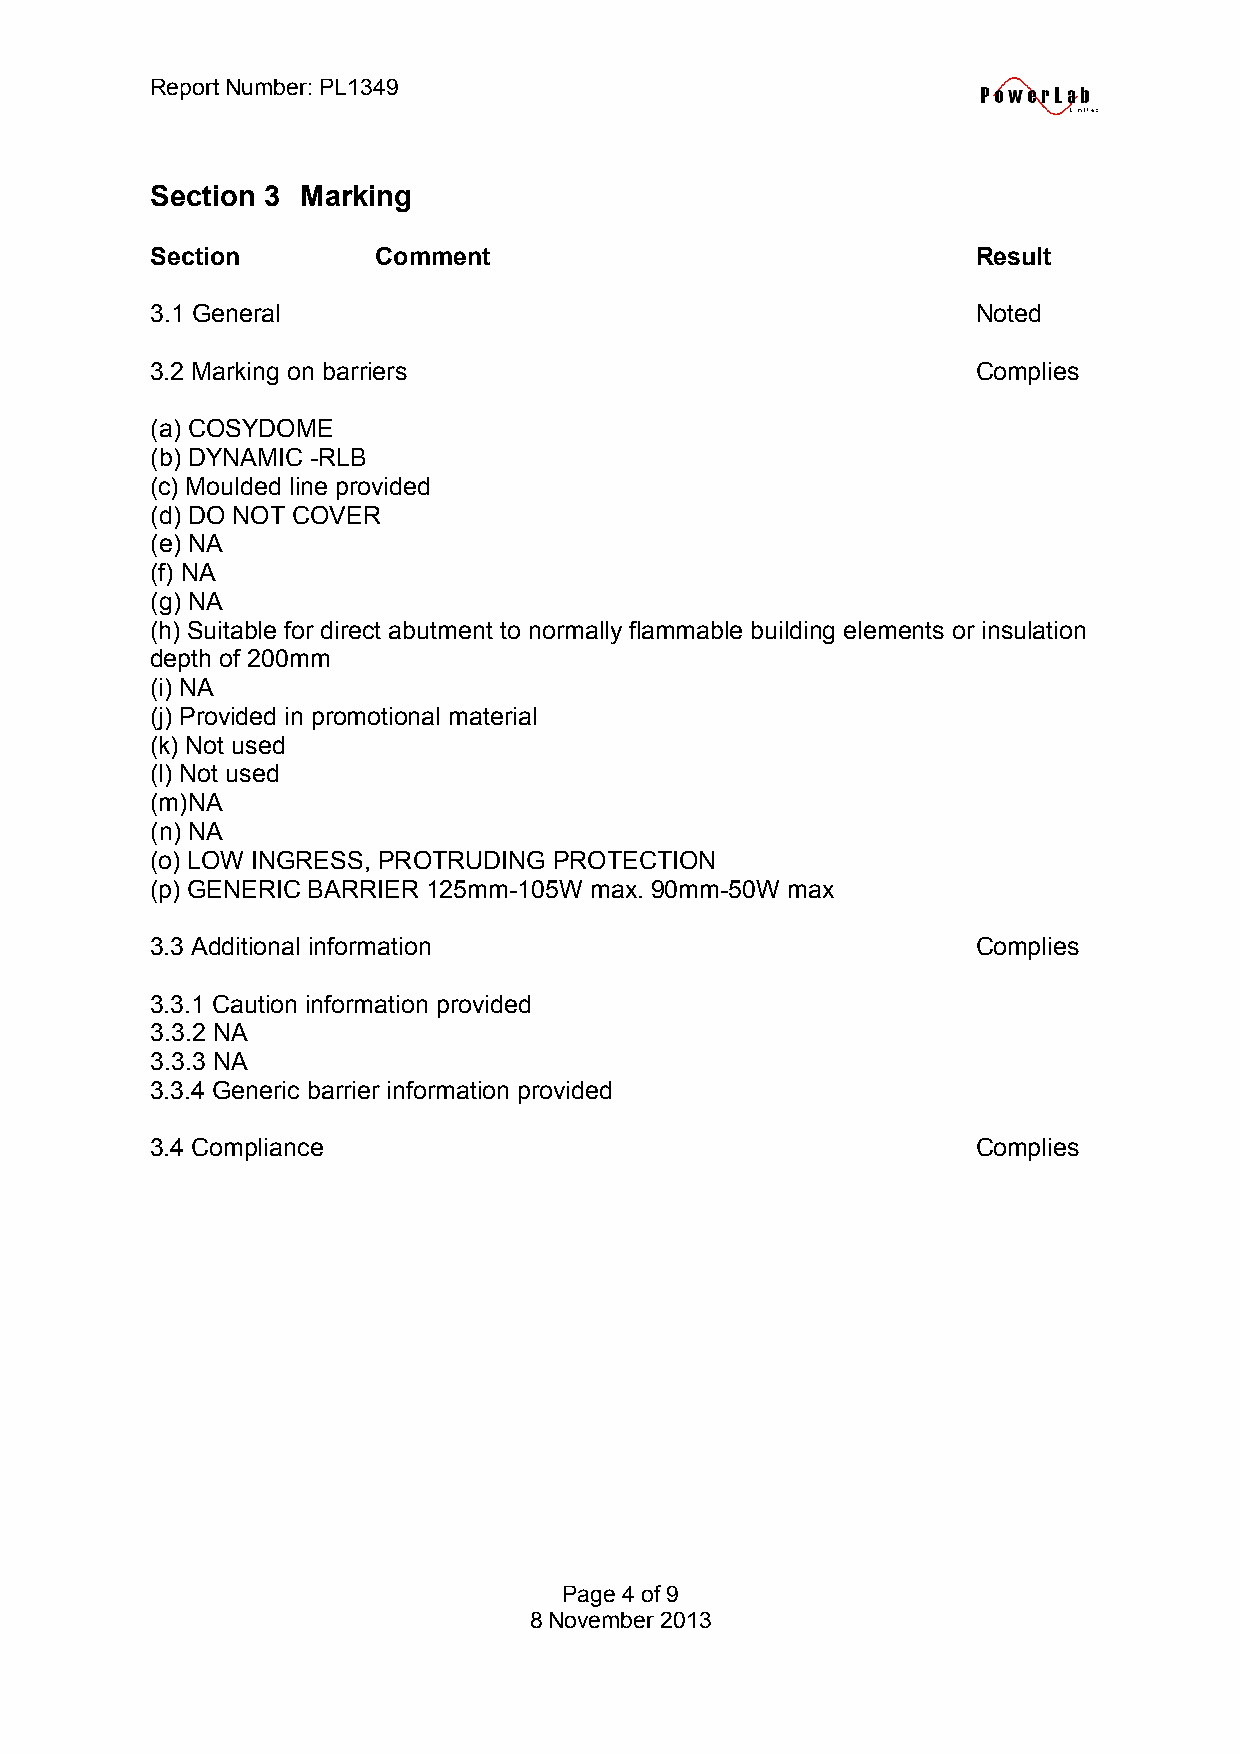
Report Number: PL1349
 Section 3 Marking
 Section        Comment                                 Result
 3.1 General                                            Noted
 3.2 Marking on barriers                                Complies
 (a) COSYDOME
 (b) DYNAMIC -RLB
 (c) Moulded line provided
 (d) DO NOT COVER
 (e) NA
 (f) NA
 (g) NA
 (h) Suitable for direct abutment to normally flammable building elements or insulation
 depth of 200mm
 (i) NA
 (j) Provided in promotional material
 (k) Not used
 (l) Not used
 (m)NA
 (n) NA
 (o) LOW INGRESS, PROTRUDING PROTECTION
 (p) GENERIC BARRIER 125mm-105W max. 90mm-50W max
 3.3 Additional information                             Complies
 3.3.1 Caution information provided
 3.3.2 NA
 3.3.3 NA
 3.3.4 Generic barrier information provided
 3.4 Compliance                                         Complies
 Page 4 of 9
 8 November 2013